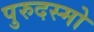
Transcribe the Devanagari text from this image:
पुरुदस्मो